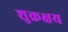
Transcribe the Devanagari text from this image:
शुक्रक्षय